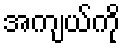
အကျယ်ကို